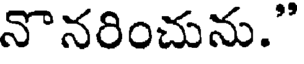
నొనరించును."